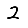
Digit: 2